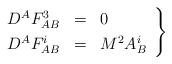
LaTeX: \begin{align*}\left.\begin{array}{ccl} D^AF_{AB}^3 & = & 0 \\ [.05in]D^AF_{AB}^i & = & M^2A_B^i \end{array}\right\}\end{align*}